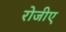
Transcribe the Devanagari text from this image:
रोजीए